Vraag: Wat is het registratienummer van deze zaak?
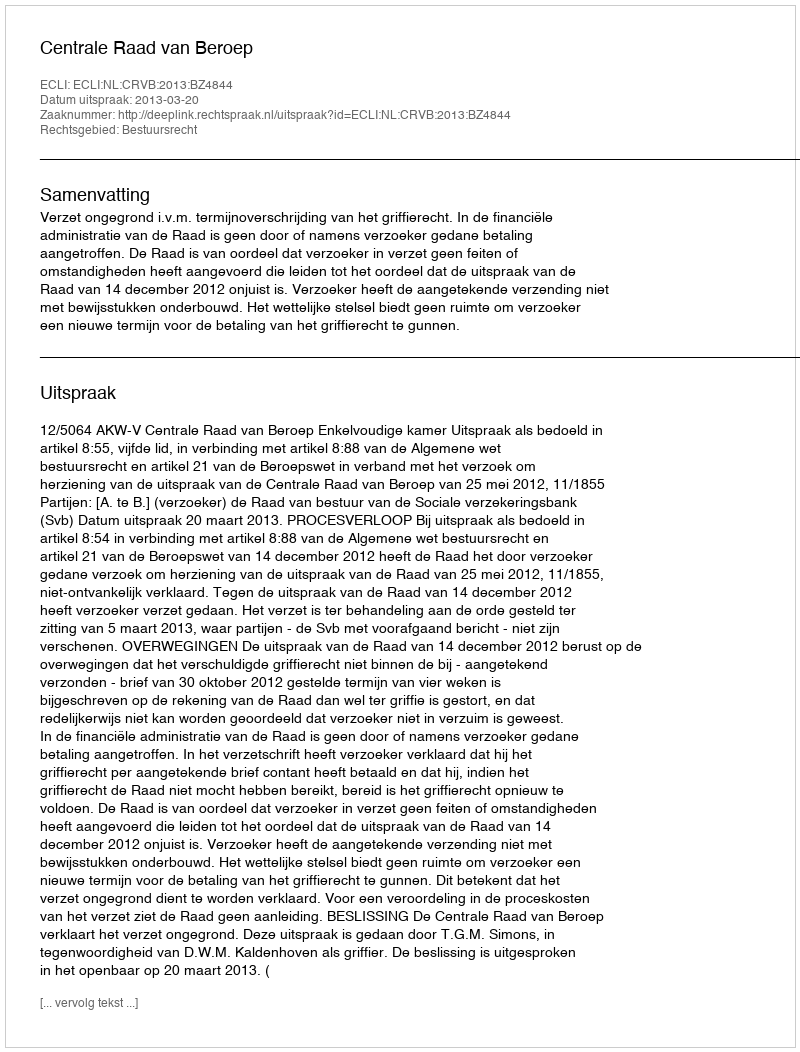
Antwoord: http://deeplink.rechtspraak.nl/uitspraak?id=ECLI:NL:CRVB:2013:BZ4844